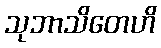
သုဘာသိတေဟိ